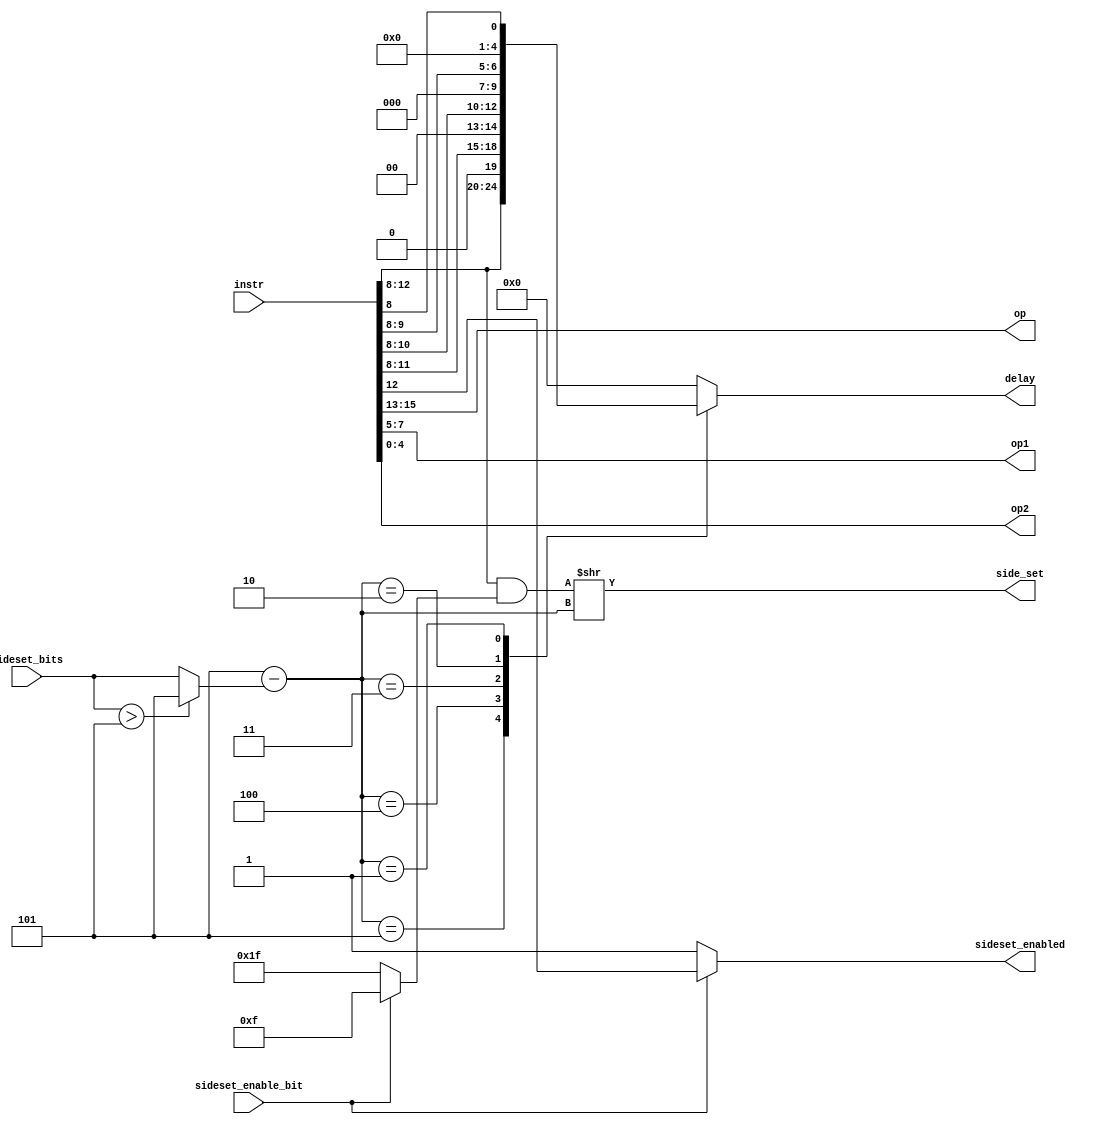
// This program was cloned from: https://github.com/buncram/cram-soc
// License: CERN Open Hardware Licence Version 2 - Weakly Reciprocal

// SPDX-FileCopyrightText: 2022 Lawrie Griffiths
// SPDX-License-Identifier: BSD-2-Clause

// `default_nettype none
module pio_decoder (
  input [15:0] instr,
  input [2:0]  sideset_bits,  // inclusive of the enable bit
  input        sideset_enable_bit,
  output [2:0] op,
  output [2:0] op1,
  output [4:0] op2,
  output reg [4:0] delay,
  output [4:0] side_set,
  output       sideset_enabled
);

  wire [2:0] delay_bits = 5 - ((sideset_bits > 5) ? 5 : sideset_bits);

  assign op = instr[15:13];
  assign op1 = instr[7:5];
  assign op2 = instr[4:0];
  assign side_set = (instr[12:8] & (sideset_enable_bit ? 5'hF : 5'h1F)) >> delay_bits;
  assign sideset_enabled = sideset_enable_bit ? instr[12] : 1;

  always @* begin
    case(delay_bits)
      3'b101: delay = instr[12:8];
      3'b100: delay = {1'b0, instr[11:8]};
      3'b011: delay = {2'b0, instr[10:8]};
      3'b010: delay = {3'b0, instr[9:8]};
      3'b001: delay = {4'b0, instr[8]};
      default: delay = 5'b0;
    endcase
  end
endmodule